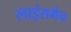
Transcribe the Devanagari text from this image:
लाइंसमैन